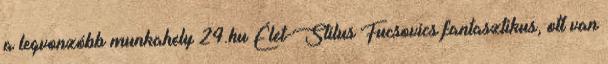
a legvonzóbb munkahely 24.hu Élet-Stílus Fucsovics fantasztikus, ott van